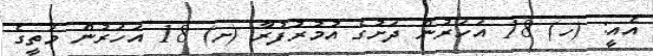
އެއީ: (ހ) 18 އަހަރުން ދަށުގެ އުމުރުފުރާ (ށ) 18 އަހަރުން މަތީގެ